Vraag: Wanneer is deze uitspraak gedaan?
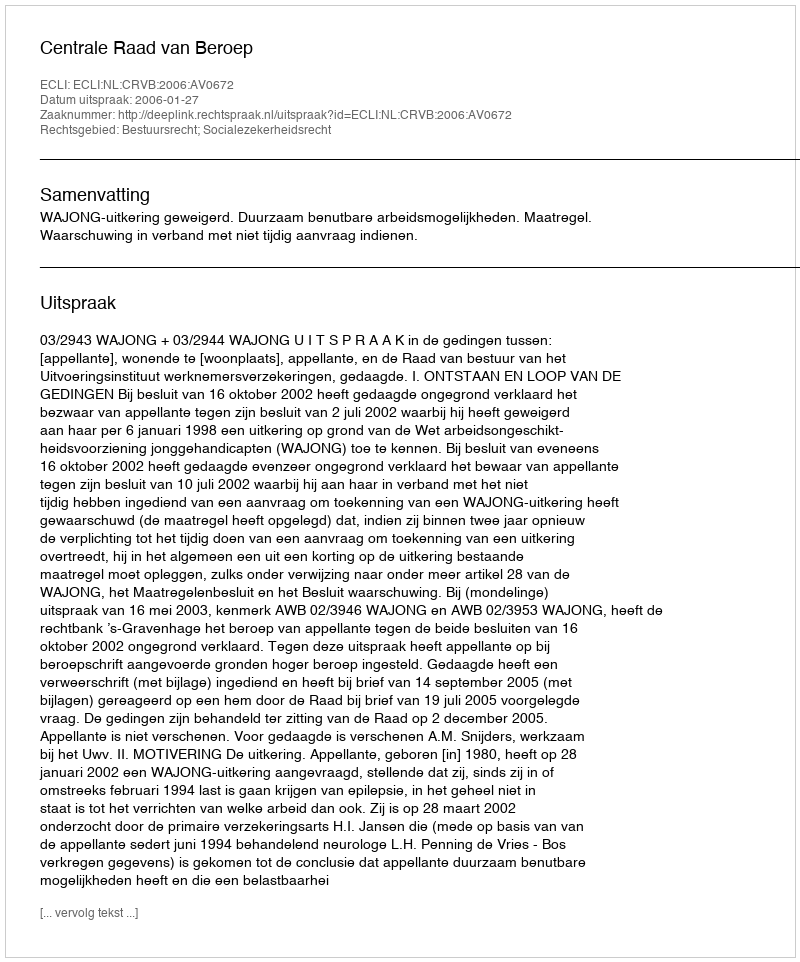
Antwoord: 2006-01-27